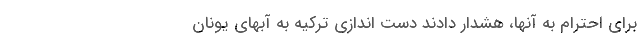
برای احترام به آنها، هشدار دادند دست اندازی ترکیه به آبهای یونان